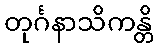
တုင်္ဂနာသိကန္တိ